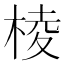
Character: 棱